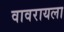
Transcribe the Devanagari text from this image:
वावरायला